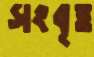
সংবৃত্ত